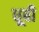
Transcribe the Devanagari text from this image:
धूबी